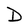
Character: D